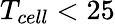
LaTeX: T_{cell}<25